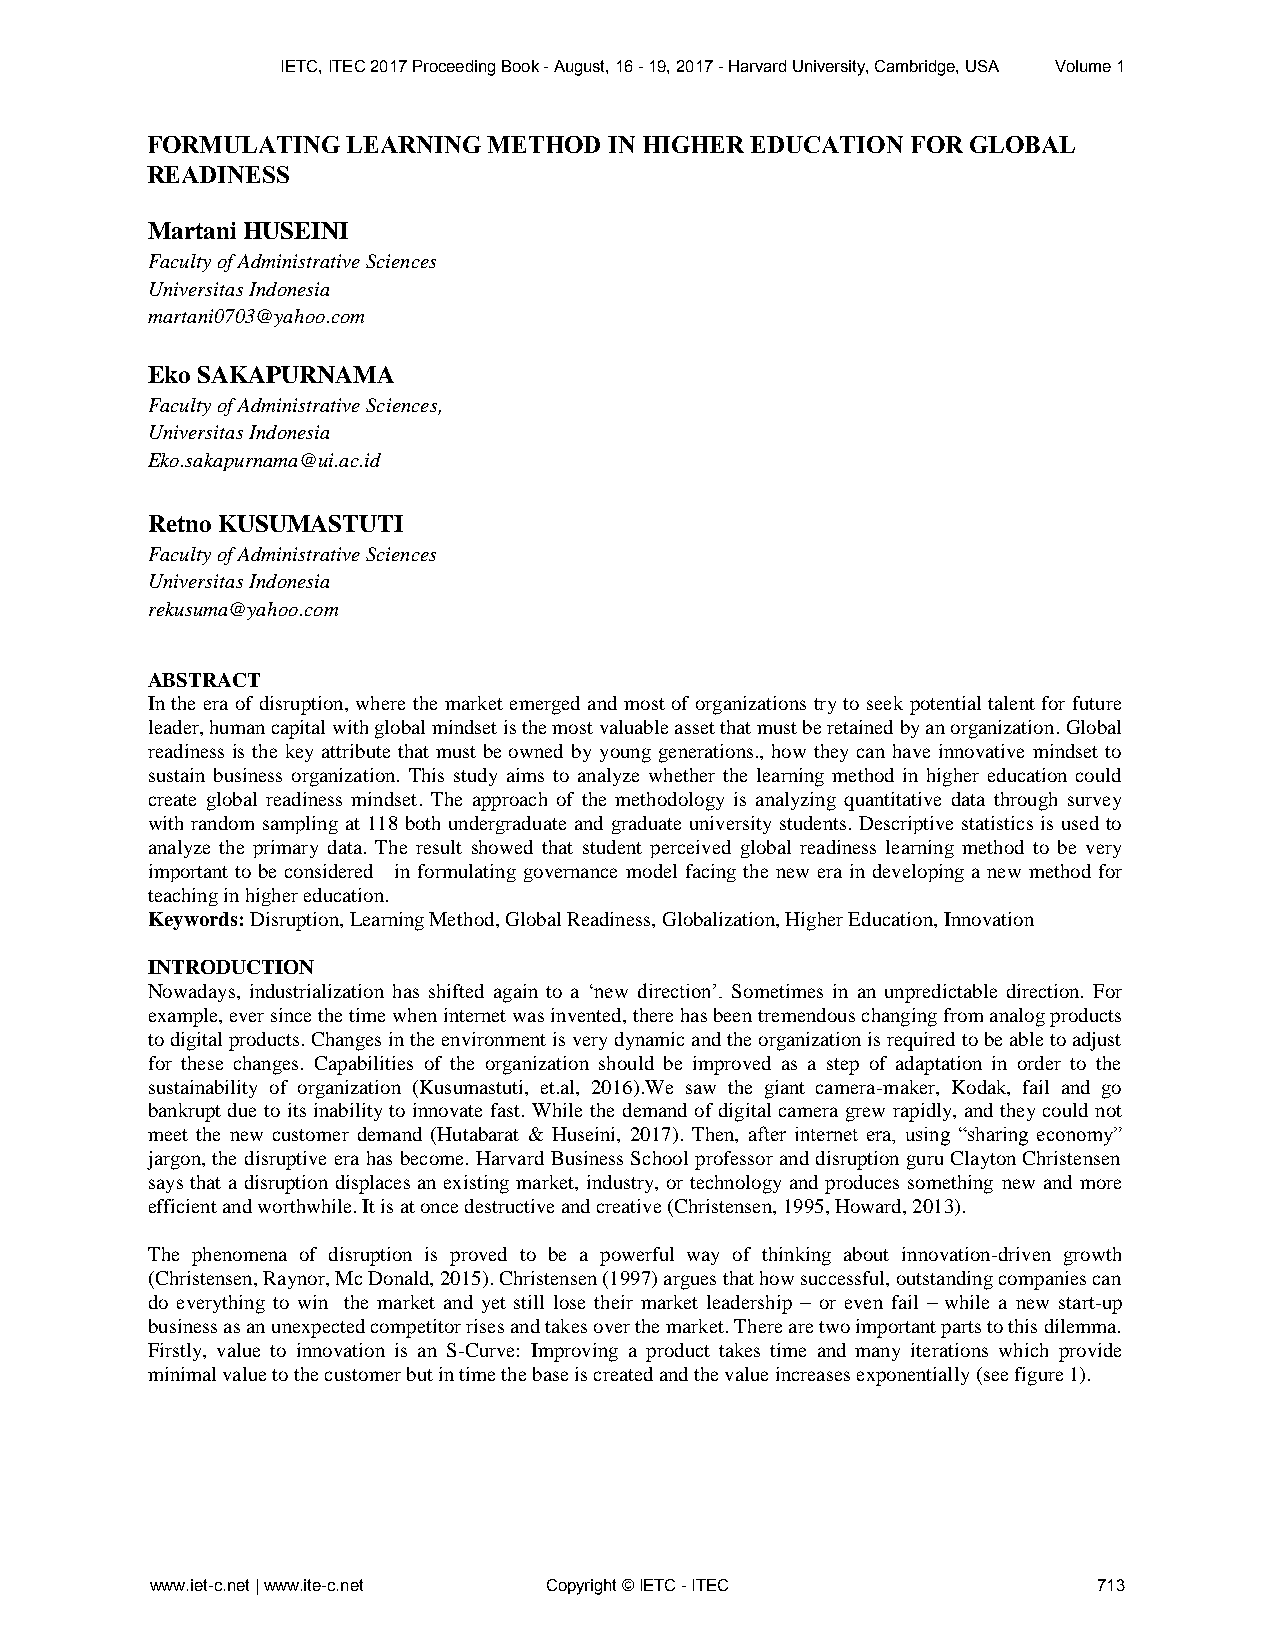
IETC, ITEC 2017 Proceeding Book - August, 16 - 19, 2017 - Harvard University, Cambridge, USA Volume 1
 FORMULATING  LEARNING METHOD  IN HIGHER EDUCATION FOR GLOBAL
 READINESS
 Martani HUSEINI
 Faculty of Administrative Sciences
 Universitas Indonesia
 martani0703@yahoo.com
 Eko SAKAPURNAMA
 Faculty of Administrative Sciences,
 Universitas Indonesia
 Eko.sakapurnama@ui.ac.id
 Retno KUSUMASTUTI
 Faculty of Administrative Sciences
 Universitas Indonesia
 rekusuma@yahoo.com
 ABSTRACT
 In the era of disruption, where the market emerged and most of organizations try to seek potential talent for future
 leader, human capital with global mindset is the most valuable asset that must be retained by an organization. Global
 readiness is the key attribute that must be owned by young generations., how they can have innovative mindset to
 sustain business organization. This study aims to analyze whether the learning method in higher education could
 create global readiness mindset. The approach of the methodology is analyzing quantitative data through survey
 with random sampling at 118 both undergraduate and graduate university students. Descriptive statistics is used to
 analyze the primary data. The result showed that student perceived global readiness learning method to be very
 important to be considered in formulating governance model facing the new era in developing a new method for
 teaching in higher education.
 Keywords: Disruption, Learning Method, Global Readiness, Globalization, Higher Education, Innovation
 INTRODUCTION
 Nowadays, industrialization has shifted again to a ‘new direction’. Sometimes in an unpredictable direction. For
 example, ever since the time when internet was invented, there has been tremendous changing from analog products
 to digital products. Changes in the environment is very dynamic and the organization is required to be able to adjust
 for these changes. Capabilities of the organization should be improved as a step of adaptation in order to the
 sustainability of organization (Kusumastuti, et.al, 2016).We saw the giant camera-maker, Kodak, fail and go
 bankrupt due to its inability to innovate fast. While the demand of digital camera grew rapidly, and they could not
 meet the new customer demand (Hutabarat & Huseini, 2017). Then, after internet era, using “sharing economy”
 jargon, the disruptive era has become. Harvard Business School professor and disruption guru Clayton Christensen
 says that a disruption displaces an existing market, industry, or technology and produces something new and more
 efficient and worthwhile. It is at once destructive and creative (Christensen, 1995, Howard, 2013).
 The phenomena of disruption is proved to be a powerful way of thinking about innovation-driven growth
 (Christensen, Raynor, Mc Donald, 2015). Christensen (1997) argues that how successful, outstanding companies can
 do everything to win the market and yet still lose their market leadership – or even fail – while a new start-up
 business as an unexpected competitor rises and takes over the market. There are two important parts to this dilemma.
 Firstly, value to innovation is an S-Curve: Improving a product takes time and many iterations which provide
 minimal value to the customer but in time the base is created and the value increases exponentially (see figure 1).
 www.iet-c.net | www.ite-c.net Copyright © IETC - ITEC          713